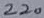
Text: 220